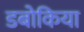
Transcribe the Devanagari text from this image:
डबोकिया